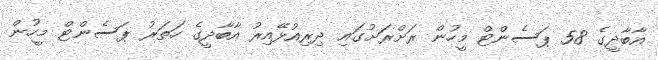
އާބާދީގެ 58 ޕަސެންޓް މީހުން ރަށްރަށުގައި ދިރިއުޅޭއިރު އާބާދީގެ ހަތަރު ޕަސެންޓް މީހުން